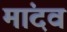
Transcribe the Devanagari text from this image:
मांदव